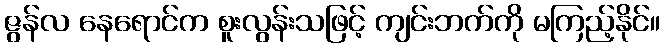
ဇွန်လ နေရောင်က စူးလွန်းသဖြင့် ကျင်းဘက်ကို မကြည့်နိုင်။